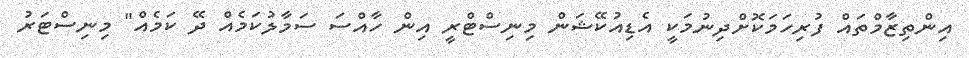
އިންތިޒާމްތައް ފުރިހަމަކޮށްދިނުމަކީ އެޑިއުކޭޝަން މިނިސްޓްރީ އިން ހާއްސަ ސަމާލުކަމެއް ދޭ ކަމެއް" މިނިސްޓަރު